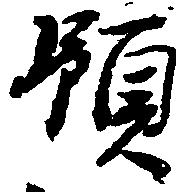
領